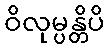
ဝိလုမ္ပန္တိပိ